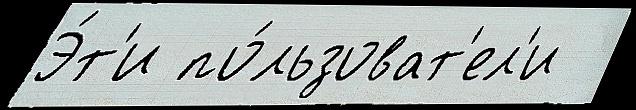
Э́т'и по́льзоват'ел'и